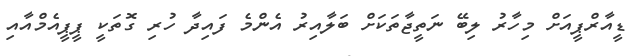
ޑީއާރްޕީއަށް މިހާރު ލިބޭ ނަތީޖާތަކަށް ބަލާއިރު އެންމެ ފައިދާ ހުރި ގޮތަކީ ޕީޕީއެމްއާއި